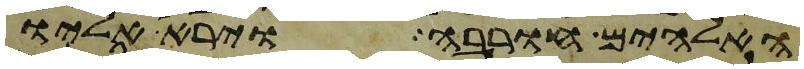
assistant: האלהים חורבה וירא אליו